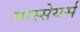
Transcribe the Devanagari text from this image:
मास्सेयर्स